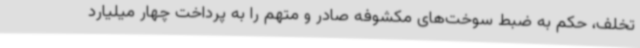
تخلف، حکم به ضبط سوخت‌های مکشوفه صادر و متهم را به پرداخت چهار میلیارد